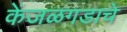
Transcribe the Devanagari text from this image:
केंजळगडाचे